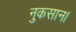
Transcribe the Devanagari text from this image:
नुकसान।